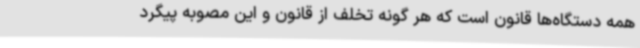
همه دستگاه‌ها قانون است که هر گونه تخلف از قانون و این مصوبه پیگرد